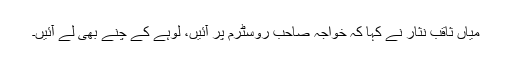
میاں ثاقب نثار نے کہا کہ خواجہ صاحب روسٹرم پر آئیں، لوہے کے چنے بھی لے آئیں۔